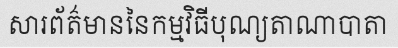
សារព័ត៌មាននៃកម្មវិធីបុណ្យតាណាបាតា